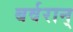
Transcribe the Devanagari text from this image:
बर्वरान्